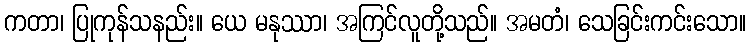
ကတာ၊ ပြုကုန်သနည်း။ ယေ မနုဿာ၊ အကြင်လူတို့သည်။ အမတံ၊ သေခြင်းကင်းသော။